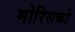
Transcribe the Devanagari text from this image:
मोरिसको